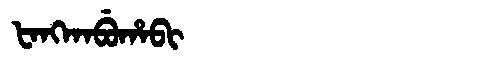
Manchu: ᡶᠠᠩᡴᠠᠪᡠᡥᠠᠪᡳ
Romanization: FANGKABUHABI